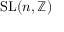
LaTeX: \operatorname { S L } ( n , \mathbb { Z } )